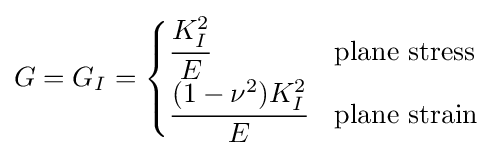
G=G_{I}={\begin{cases}{\cfrac {K_{I}^{2}}{E}}&{\text{plane stress}}\\{\cfrac {(1-\nu ^{2})K_{I}^{2}}{E}}&{\text{plane strain}}\end{cases}}